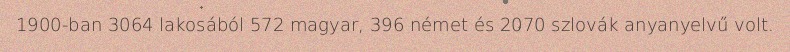
1900-ban 3064 lakosából 572 magyar, 396 német és 2070 szlovák anyanyelvű volt.